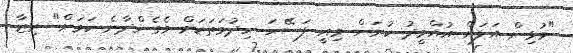
"މުޅިން އަލަށް އުއްމީދު ކުރަން މިއީ ފަސޭހަ ހިދުމަތަކަށް ވެގެންދާނެ ކަމަށް" ރިޒާ